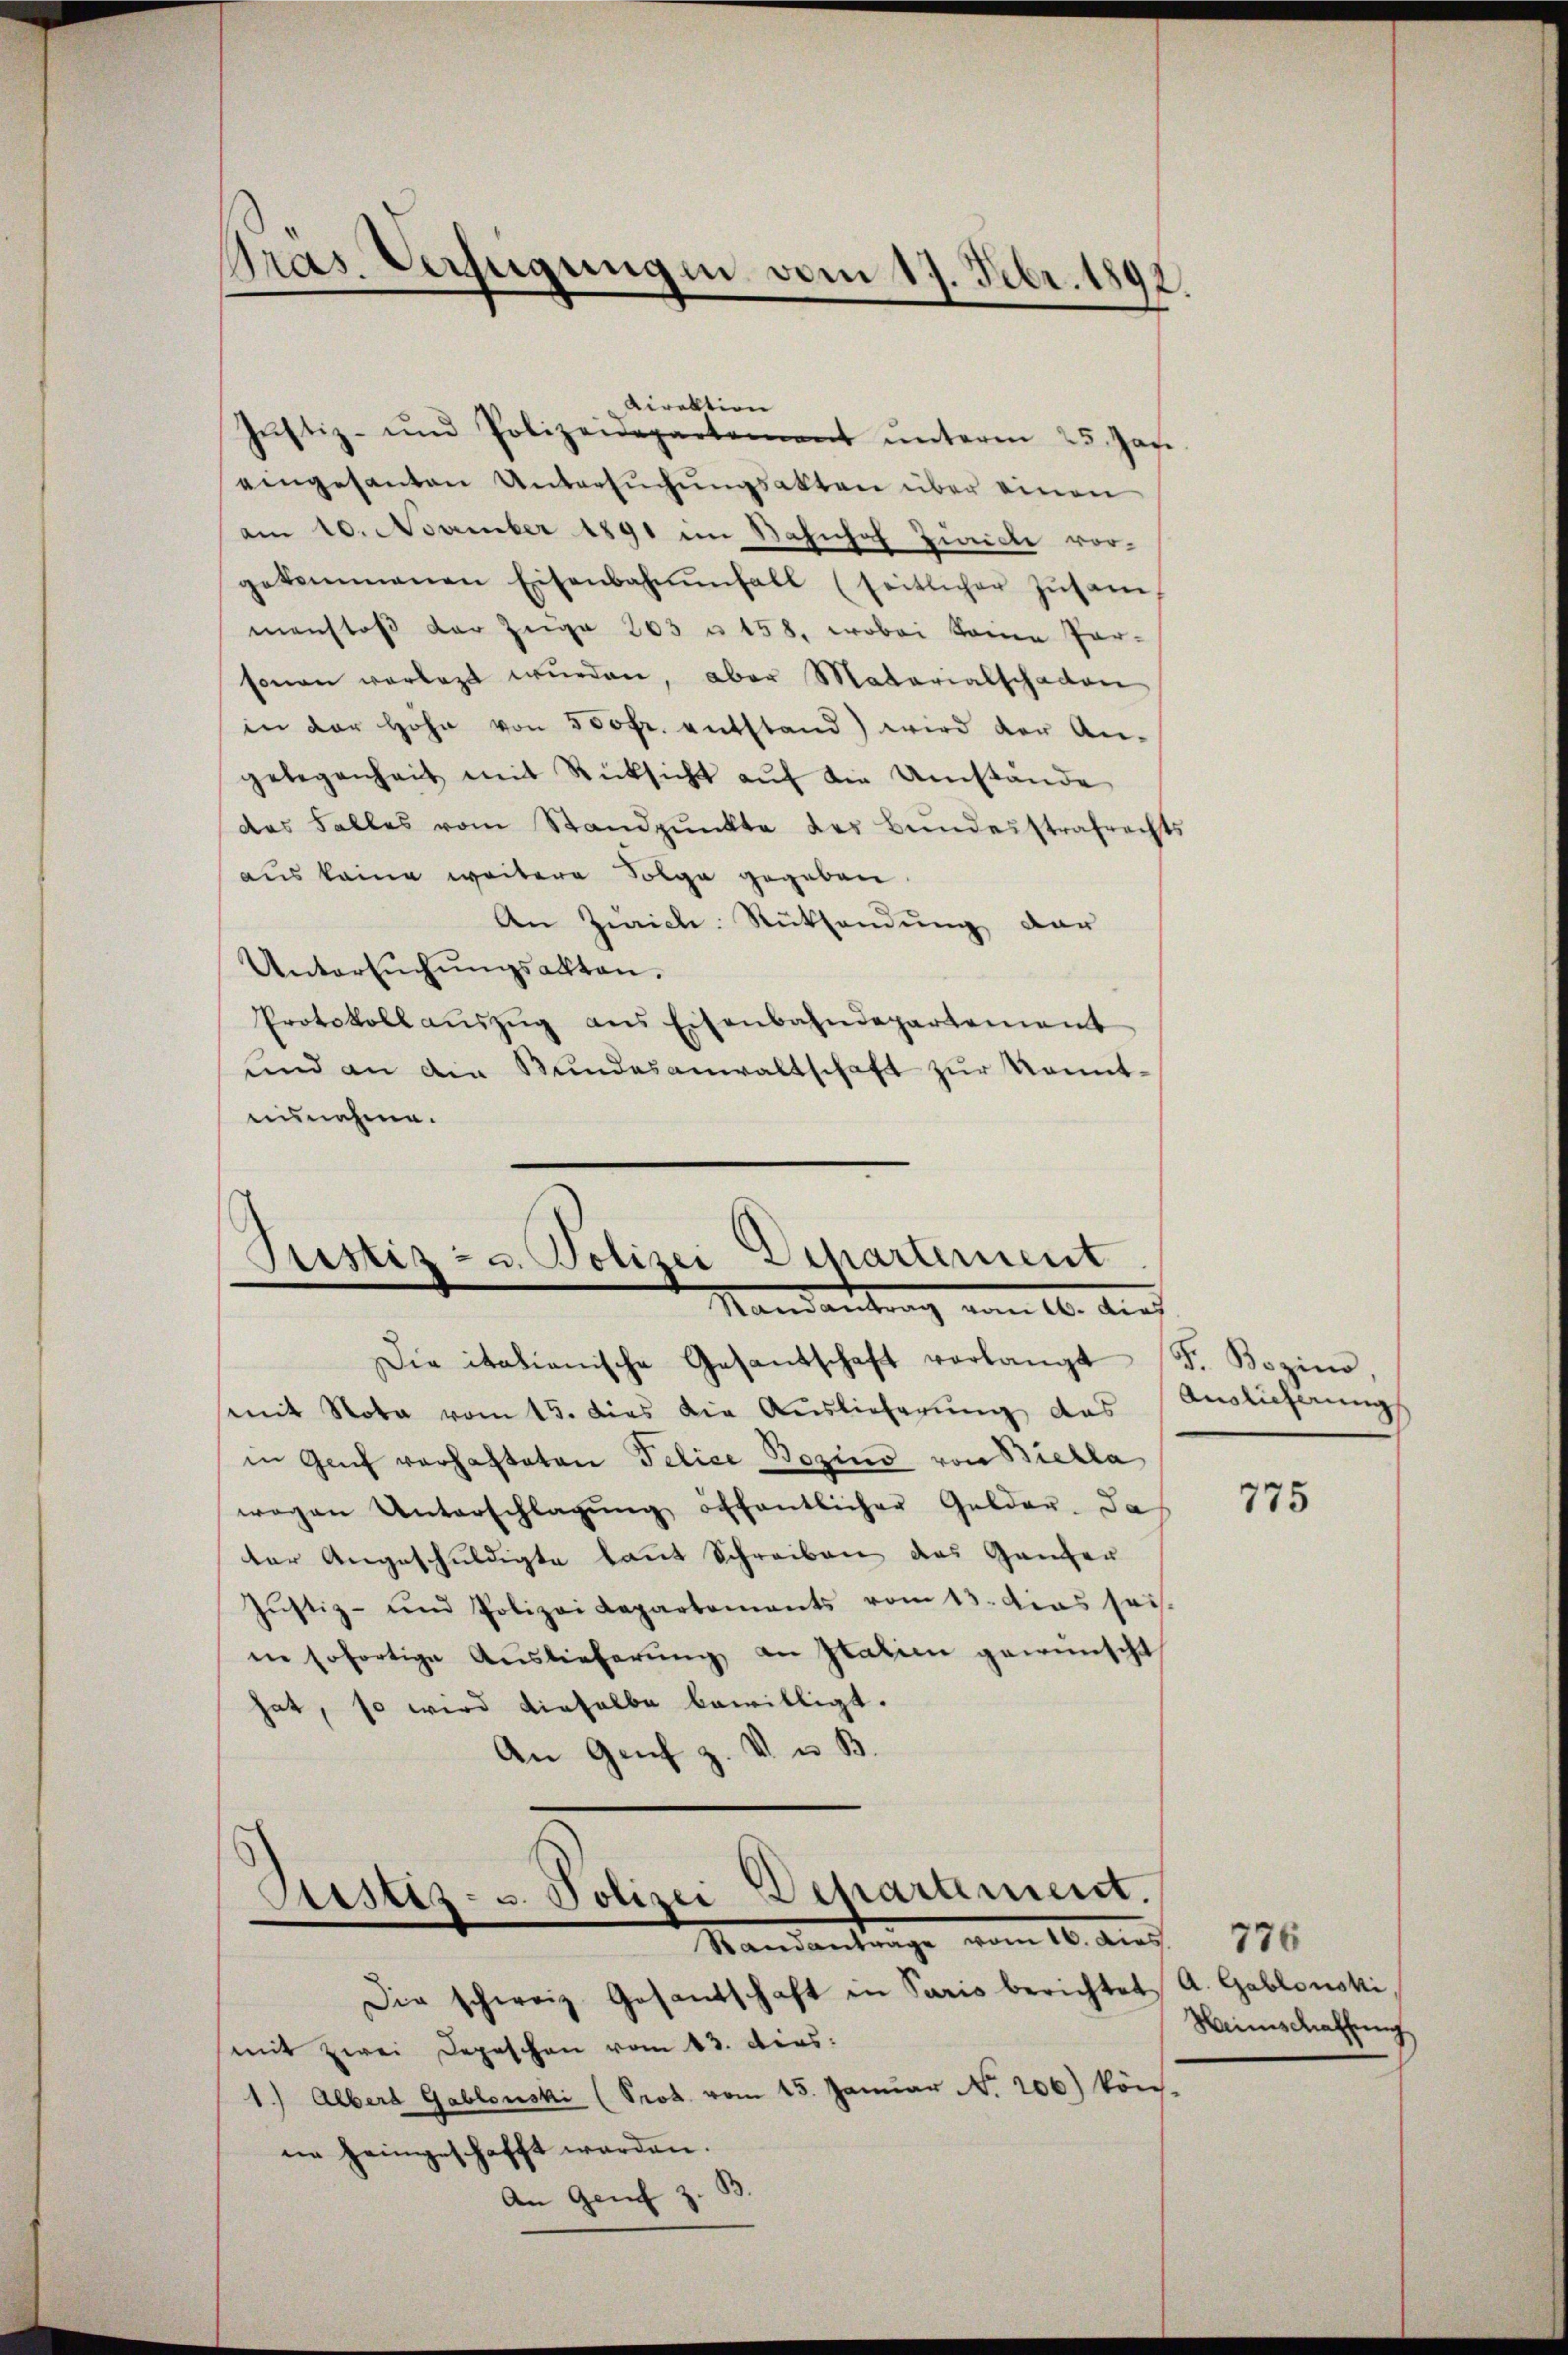
Pras. Verfügungen vom 17. Febr. 1892

Justiz- u. Polizei Departement
Nandantrag vom 10. dies

Direktion
Justiz- und Polizeidepartement unterm 25. Jan.
eingesanten Untersŭchŭngsakten über einen
am 10. November 1891 im Bahnhof Zwicke vorgekommenen Eisenbahnenfall (seitlicher Zŭsam
manstoß der Züge 203 u. 158, wobei kome Par-
sonen vorlegt wurden, aber Materialschaden
in der Höhe von 500fr. entstand) wird der An-
gelegenheit mit Rücksicht aŭf die Umstände
des Falles vom Standpŭnkte des Bŭndesstrafrechts
aus keine weitere Folge gegeben.
An Zürich Rücksendung dar
Untersŭchŭngsakten.
Protokollaŭszŭg ans Eisenbahndepartement
und an die Bundesanwaltschaft zur Kenntuisnehme.

Die italienische Gesandschaft verlangt F. Bozino,
mit Nota vom 15. dies die Auslieferung das
in Genf vorhafteten Felice Bozino von Biella
wegen Unterschlagung öffentlicher Gelder. Da
ter Angeschuldigte laut Schreiben das Ganzen
Jŭstiz- und Polizei Kapartements vom 13. das sei.
in sofortige Auslieferung an Italien gewünscht,
hat, so wird dieselbe bewilligt.
An Genf z. V. u. B.
Astiz- u. Polizei Departement.
Mandantenge vom 10. dur
Die schweiz. Gesantschaft in Paris berichtet
(mit zwei Depeschen vom 13. dies.
1.) Alberg Gablonski (Prot. vom 15. Janŭar N. 206) kön-
ne heimgeschafft werden.
An Genf z.

Auslicherung

775

776
A. Gablonski
Heimschaffung